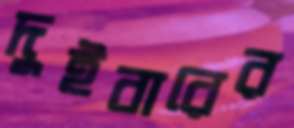
দুইবারের